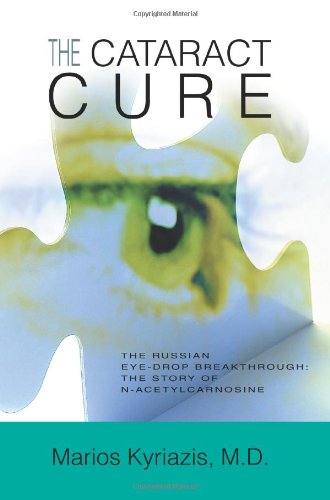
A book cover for The Cataract Cure: The Russian eye-drop breakthrough: The story of N-acetylcarnosine; Marios Kyriazis; Health, Fitness & Dieting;